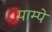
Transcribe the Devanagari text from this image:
पाम्पे